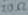
Text: 20Ω